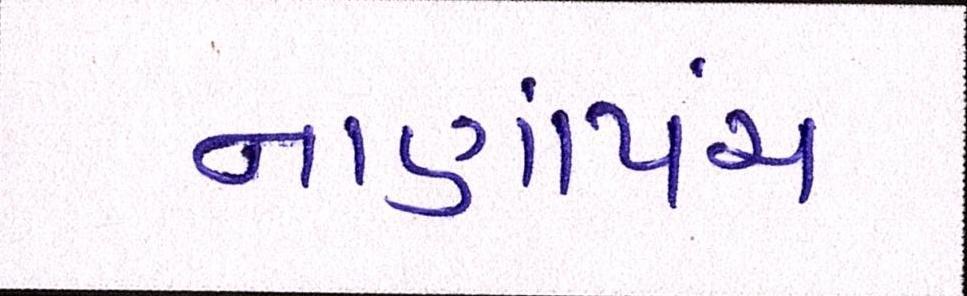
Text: નાણાંપંચ